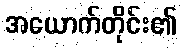
အယောက်တိုင်း၏